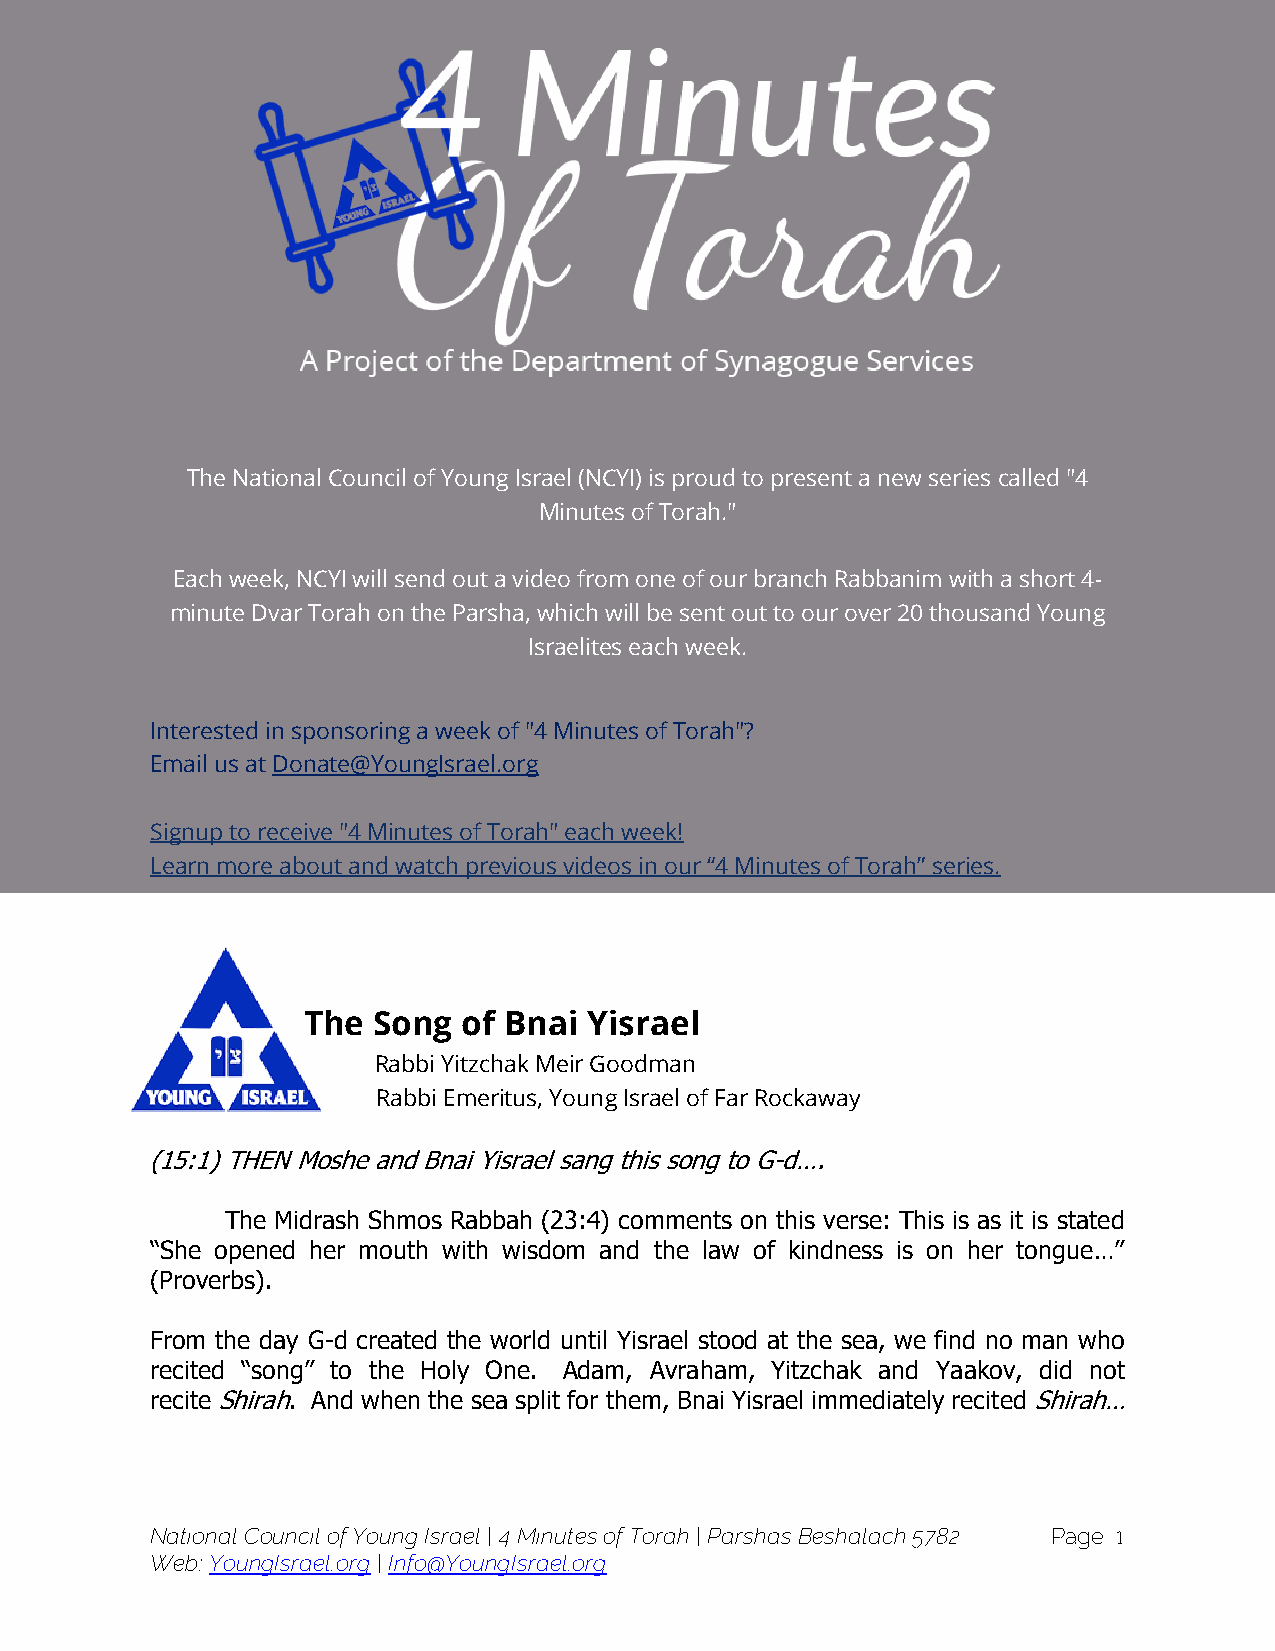
The National Council of Young Israel (NCYI) is proud to present a new series called "4
 Minutes of Torah."
 Each week, NCYI will send out a video from one of our branch Rabbanim with a short 4-
 minute Dvar Torah on the Parsha, which will be sent out to our over 20 thousand Young
 Israelites each week.
 Interested in sponsoring a week of "4 Minutes of Torah"?
 Email us at Donate@YoungIsrael.org
 Signup to receive "4 Minutes of Torah" each week!
 Learn more about and watch previous videos in our “4 Minutes of Torah” series.
 The  Song  of Bnai Yisrael
 Rabbi Yitzchak Meir Goodman
 Rabbi Emeritus, Young Israel of Far Rockaway
 (15:1) THEN Moshe and Bnai Yisrael sang this song to G-d….
 The Midrash Shmos Rabbah (23:4) comments on this verse: This is as it is stated
 “She opened her mouth with wisdom and the law of kindness is on her tongue…”
 (Proverbs).
 From the day G-d created the world until Yisrael stood at the sea, we find no man who
 recited “song” to the Holy One. Adam, Avraham, Yitzchak and Yaakov, did not
 recite Shirah. And when the sea split for them, Bnai Yisrael immediately recited Shirah…
 National Council of Young Israel | 4 Minutes of Torah | Parshas Beshalach 5782 Page: 1
 Web: YoungIsrael.org | Info@YoungIsrael.org